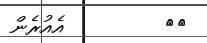
١٥         އެއުރެން